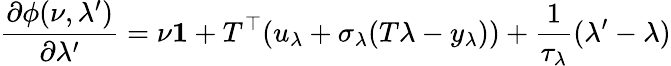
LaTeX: \frac{\partial\phi(\nu,\lambda^{\prime})}{\partial\lambda^{\prime}}=\nu\mathbf{1}+T^{\top}(u_{\lambda}+\sigma_{\lambda}(T\lambda-y_{\lambda}))+\frac{1}{\tau_{\lambda}}(\lambda^{\prime}-\lambda)